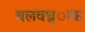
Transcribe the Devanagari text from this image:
बलवध्र्ाक